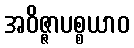
အဝိဇ္ဇာပစ္စယာဝ